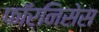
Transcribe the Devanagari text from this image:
फॉर्निसेस